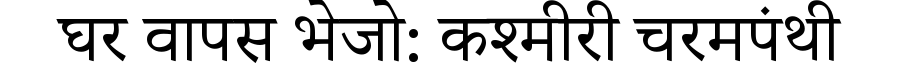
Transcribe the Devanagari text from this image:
घर वापस भेजो: कश्मीरी चरमपंथी